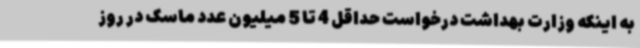
به اینکه وزارت بهداشت درخواست حداقل 4 تا 5 میلیون عدد ماسک در روز